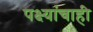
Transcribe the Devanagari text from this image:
पक्ष्यांचाही